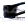
مع